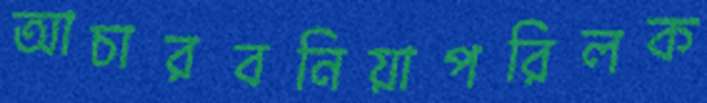
আচারবনিয়াপরিলক